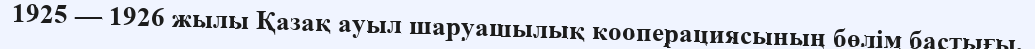
1925 — 1926 жылы Қазақ ауыл шаруашылық кооперациясының бөлім бастығы,